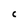
Character: C